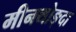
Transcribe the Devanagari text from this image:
मीनथोङ्दा